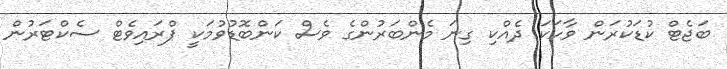
ބަޖެޓް ކުޑަކުރަން ވާހަކަ ދެއްކި ގިނަ މެންބަރުންގެ ވެސް ކަންބޮޑުވުމަކީ ޕްރައިވެޓް ސެކްޓަރުން